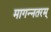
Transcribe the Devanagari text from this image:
मागन्नतरम्